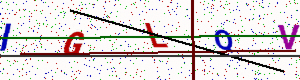
Text: IGLQV